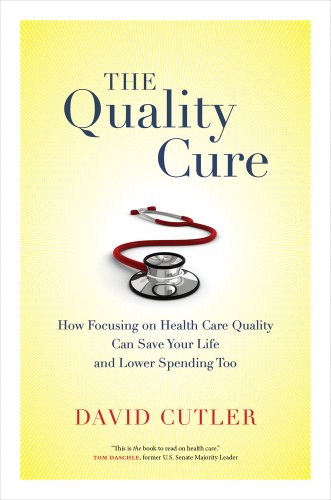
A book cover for The Quality Cure: How Focusing on Health Care Quality Can Save Your Life and Lower Spending Too (Wildavsky Forum Series); David Cutler; Politics & Social Sciences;